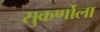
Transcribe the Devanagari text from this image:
सुकर्णोला